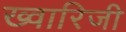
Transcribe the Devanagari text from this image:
ख्वारिजी